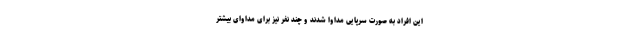
این افراد به صورت سرپایی مداوا شدند و چند نفر نیز برای مداوای بیشتر